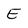
Character: E